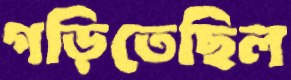
গড়িতেছিল